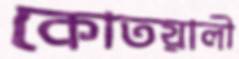
কোতয়ালী